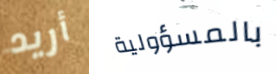
أريد بالمسؤولية